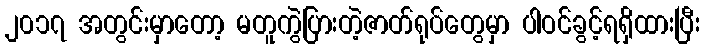
၂၀၁၇ အတွင်းမှာတော့ မတူကွဲပြားတဲ့ဇာတ်ရုပ်တွေမှာ ပါဝင်ခွင့်ရရှိထားပြီး